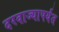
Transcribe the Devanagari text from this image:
दरवाज्यापर्यंत